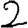
Digit: 2